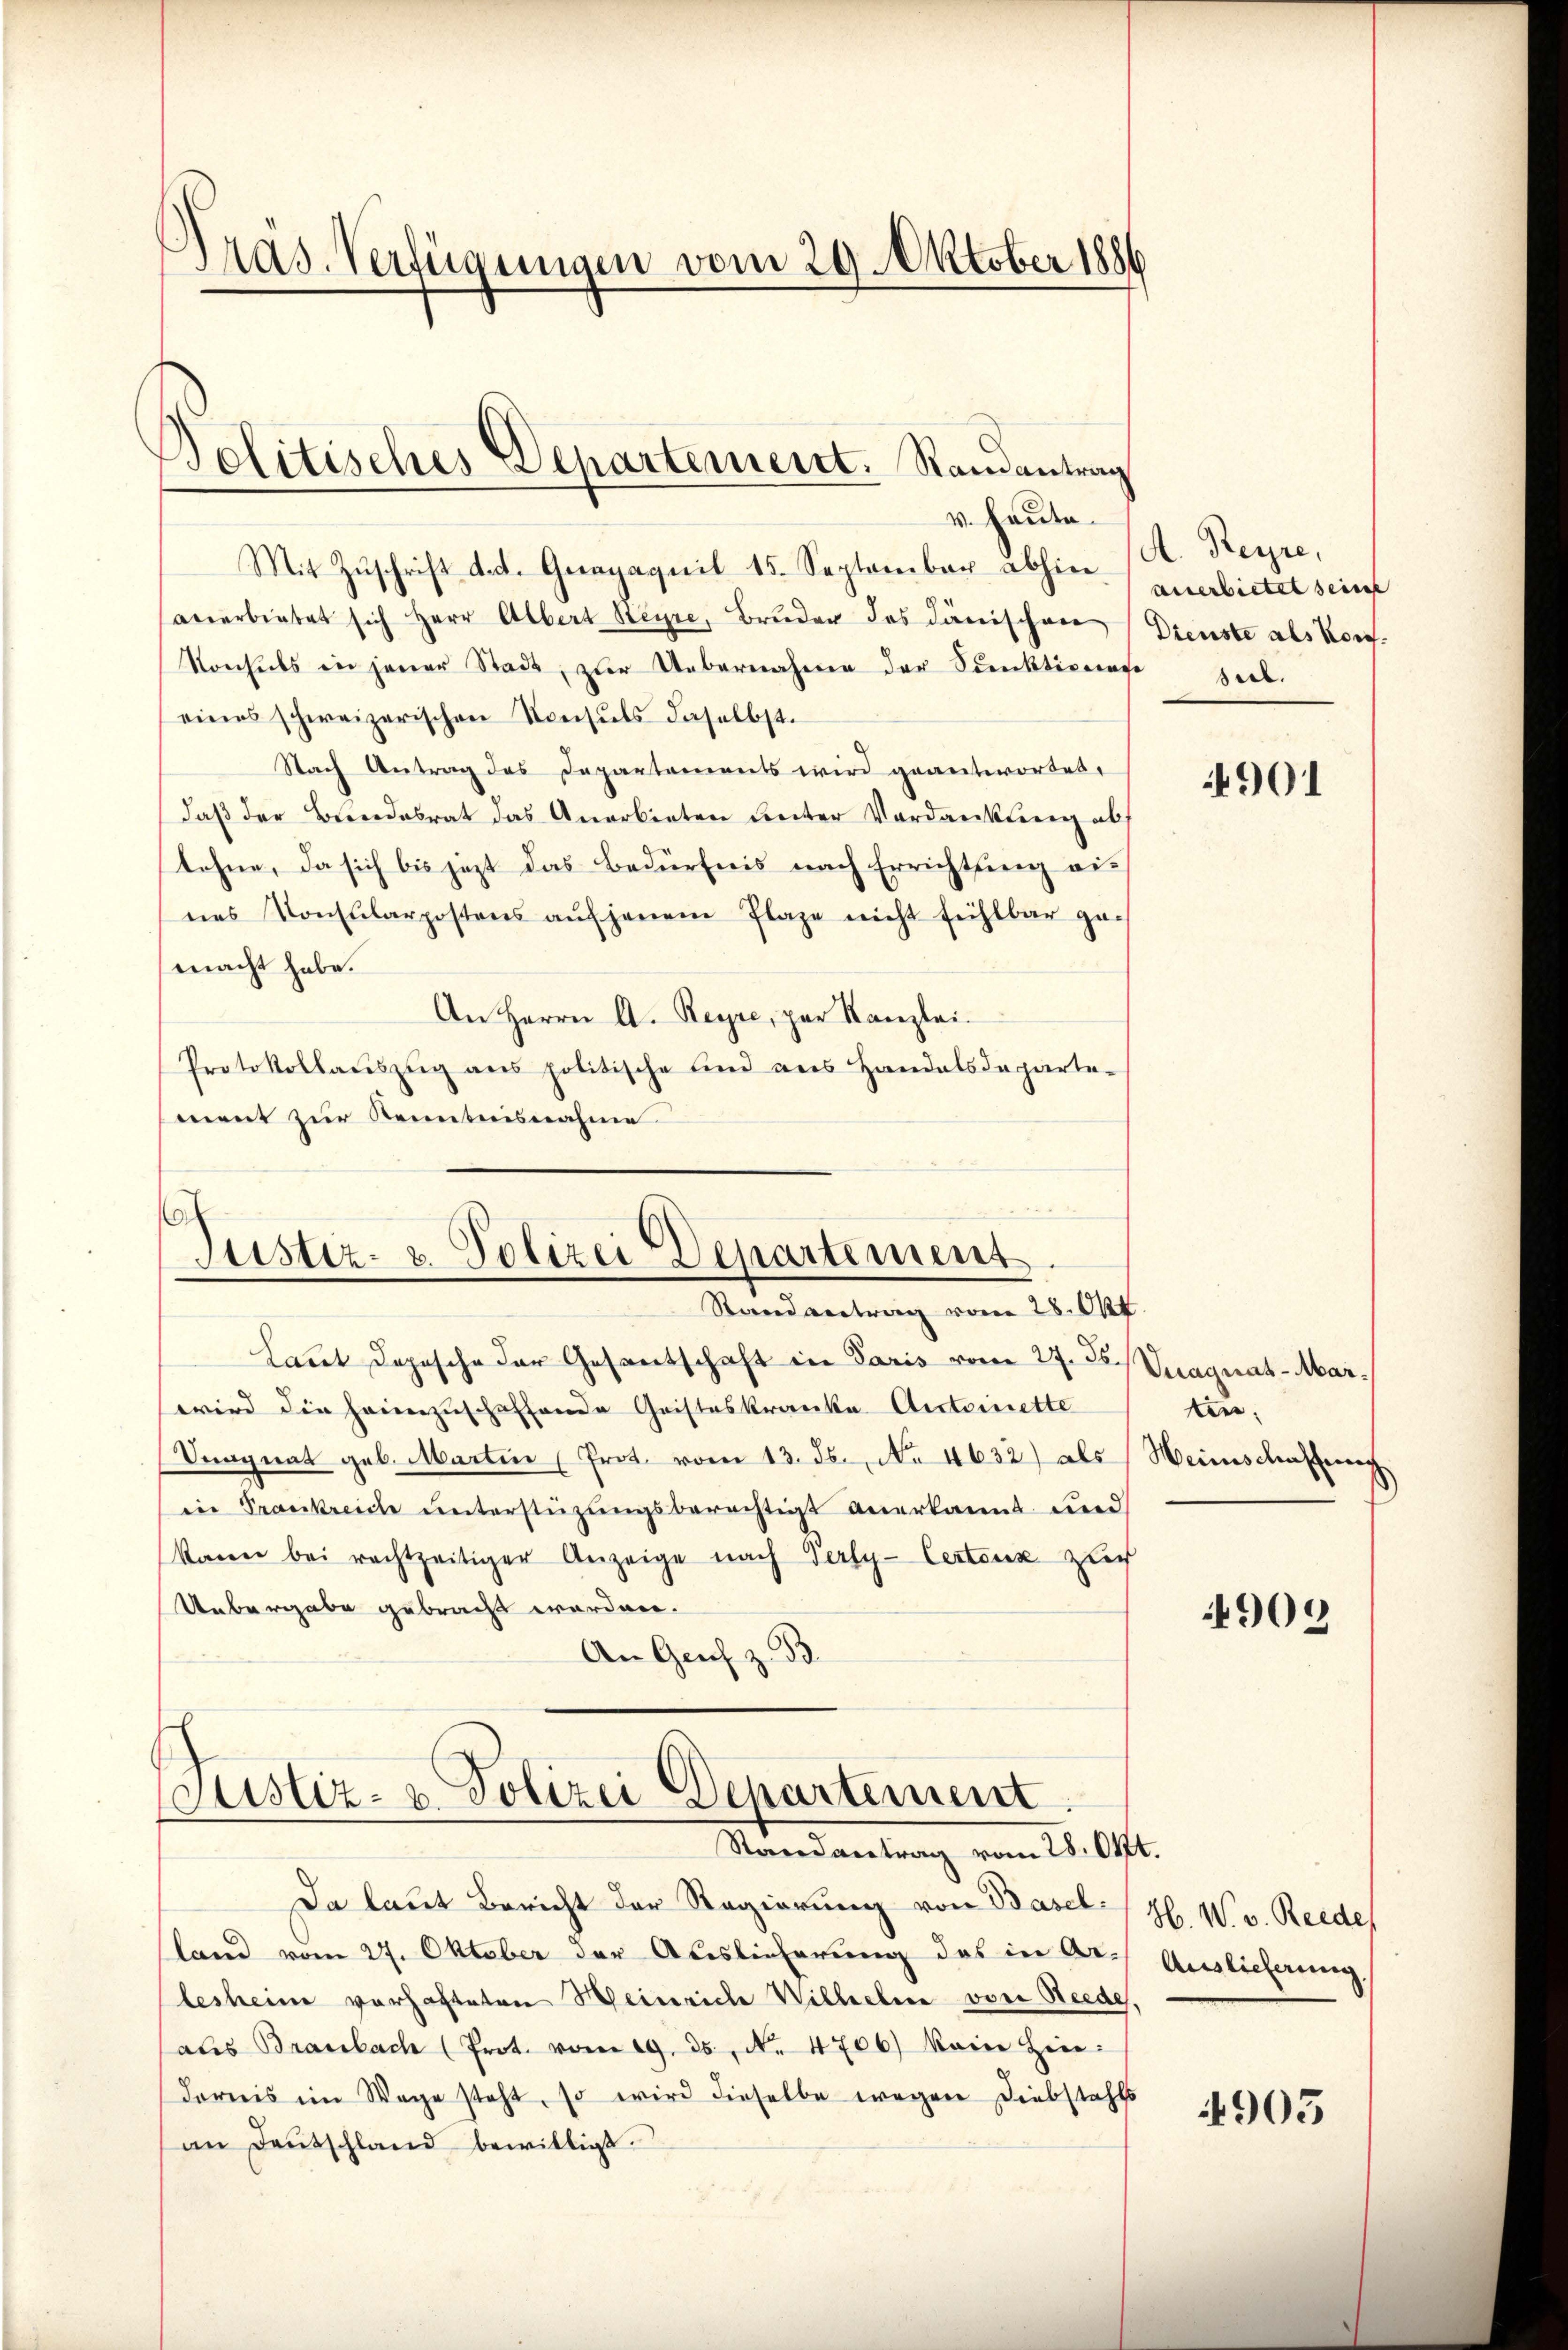
Pras. Verfügungen vom 29. Oktober 1886

Dolitisches Departement. Randantrag
v. Heute.

Mit Zŭschrift dat. Gerapaquil 15. September abhin (A. Reyre,
anerbietet sich Herr Albert Steyre, Bruder des Dänischen
Konsuls in jener Stadt, zur Uebernahmen der Scenktionenge seel.
eines schweizerischen Konsuls daselbst.
Nach Antrag des Departements wird geantwortet,
daß der Beendesrat das Anerbieten unter Verdankung abf
lohne, da sich bis jezt das Bedürfnis nach Errichtung eines Konsularpostens auf jenem Plaze nicht fühlbar ge-
macht habe.
An Herrn A. Reyre, par Kanzlei-
Protokollauszug aus politische sind aus Handelsdeparte-
ment zur Kenntnisnahme

h
Justiz- u. Polizei Departement
Randantrag vom 28. Okt

Laut Depesche der Gesantschaft in Paris vom 27. ds. Quagnat-Marwird die heimzuschaffende Geisteskranke Antoinette
Veagnat geb. Martin (Prot. vom 13. ds. No. 4632) als Weinschaffen
in Prankreiche unterstüzungsberechtigt anerkannt und
kann bei rechtzeitiger Anzeige nach Verly-Certenz zuch
Uebergabe gebracht worden.
An Genf z. B

Justiz- u. Polizei Departement
Randantrag vom 28. Okt.

Da laut Bericht der Regierung von Basel.
land vom 27. Oktober der Auslieferung des in Ar-
lesheine vorhafteten Heinriche Willebene von Seede,
aus Branbach (Prot. vom 19. ds., No. 4706) keine Hin-
dornis im Wege steht, so wird dieselbe wegen Diebstahls
an Deutschland bewilligt.
f

anerbietet seine
Dienste als Kons.

901

tier

909

H. W. v. Riede
Auslieferung

4905